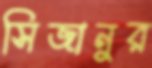
সিজানুর